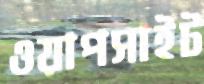
ওয়াপসাইট